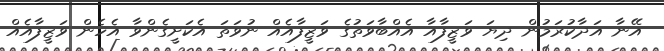
އޭނާ އަދާކުރަމުން ދިޔަ ވަޒީފާއާ އެއްބާވަތުގެ ވަޒީފާއެއް ނުވަތަ އެކަށީގެންވާ އެހެން ވަޒީފާއެއް